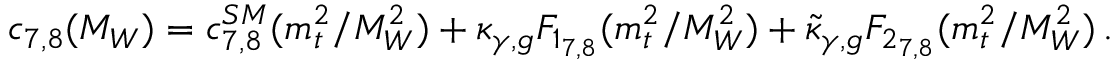
c _ { 7 , 8 } ( M _ { W } ) = c _ { 7 , 8 } ^ { S M } ( m _ { t } ^ { 2 } / M _ { W } ^ { 2 } ) + \kappa _ { \gamma , g } F _ { 1 _ { 7 , 8 } } ( m _ { t } ^ { 2 } / M _ { W } ^ { 2 } ) + \tilde { \kappa } _ { \gamma , g } F _ { 2 _ { 7 , 8 } } ( m _ { t } ^ { 2 } / M _ { W } ^ { 2 } ) \, .